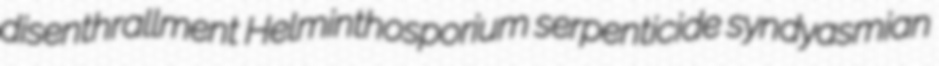
disenthrallment Helminthosporium serpenticide syndyasmian